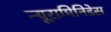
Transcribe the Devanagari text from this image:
न्यूरामिनिडेस